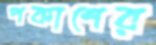
পকাশের